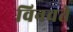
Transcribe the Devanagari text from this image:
विनवते